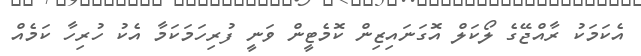
އެކަމަކު ރާއްޖޭގެ ލޯކަލް އޮގަނައިޒިން ކޮމެޓީން ވަނީ ފުރިހަމަކަމާ އެކު ހުރިހާ ކަމެއް